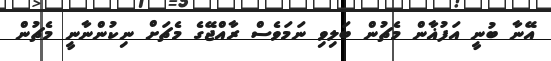
އޭނާ ބުނީ އަފުޣާން މެޗުން ބަލިވި ނަމަވެސް ރާއްޖޭގެ މެޗަށް ނިކުންނާނީ މެޗުން